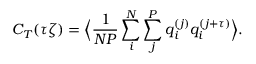
C _ { T } ( \tau \zeta ) = \Big \langle \frac { 1 } { N P } \sum _ { i } ^ { N } \sum _ { j } ^ { P } q _ { i } ^ { ( j ) } q _ { i } ^ { ( j + \tau ) } \Big \rangle .